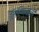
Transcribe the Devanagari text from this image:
लिहिण्यानी